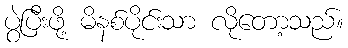
ပွဲပြီးဖို့ မိနစ်ပိုင်းသာ လိုတော့သည်။